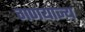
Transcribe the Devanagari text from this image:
गणयाज्य